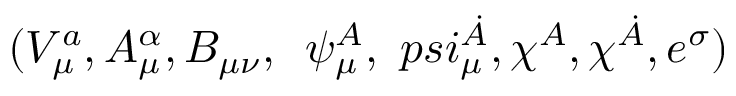
( V _ { \mu } ^ { a } , A _ { \mu } ^ { \alpha } , B _ { \mu \nu } , \, \ \psi _ { \mu } ^ { A } , \, \, p s i _ { \mu } ^ { \dot { A } } , \chi ^ { A } , \chi ^ { \dot { A } } , e ^ { \sigma } )